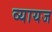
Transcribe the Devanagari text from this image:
व्‍यायज